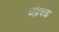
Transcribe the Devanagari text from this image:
चांद्रचक्र